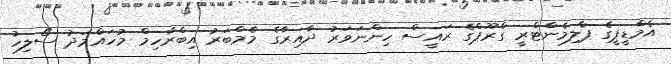
އެމްޑީޕީގެ ޕާލިމެންޓްރީ ގްރޫޕްގެ ރައީސް ހިންނަވަރު ދާއިރާގެ މެމްބަރު އިބްރާހިމް މުހައްމަދު ސޯލިހު